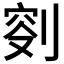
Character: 𠝠